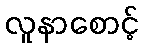
လူနာစောင့်